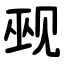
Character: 觋